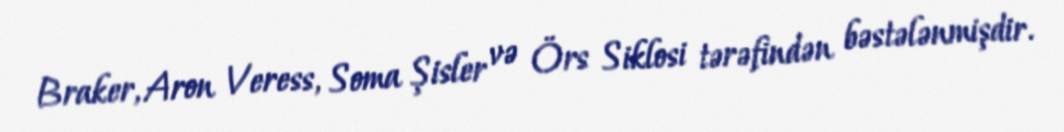
Braker, Aron Veress, Soma Şisler və Örs Siklosi tərəfindən bəstələnmişdir.